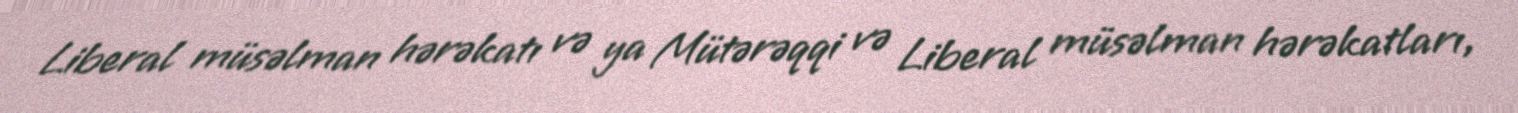
Liberal müsəlman hərəkatı və ya Mütərəqqi və Liberal müsəlman hərəkatları,